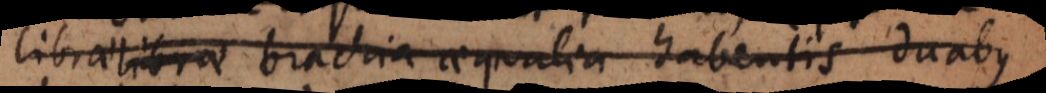
librae brachia aequalia habentis duabus